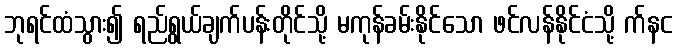
ဘုရင်ထံသွား၍ ရည်ရွယ်ချက်ပန်းတိုင်သို့ မကုန်ခမ်းနိုင်သော ဖင်လန်နိုင်ငံသို့ က်နင